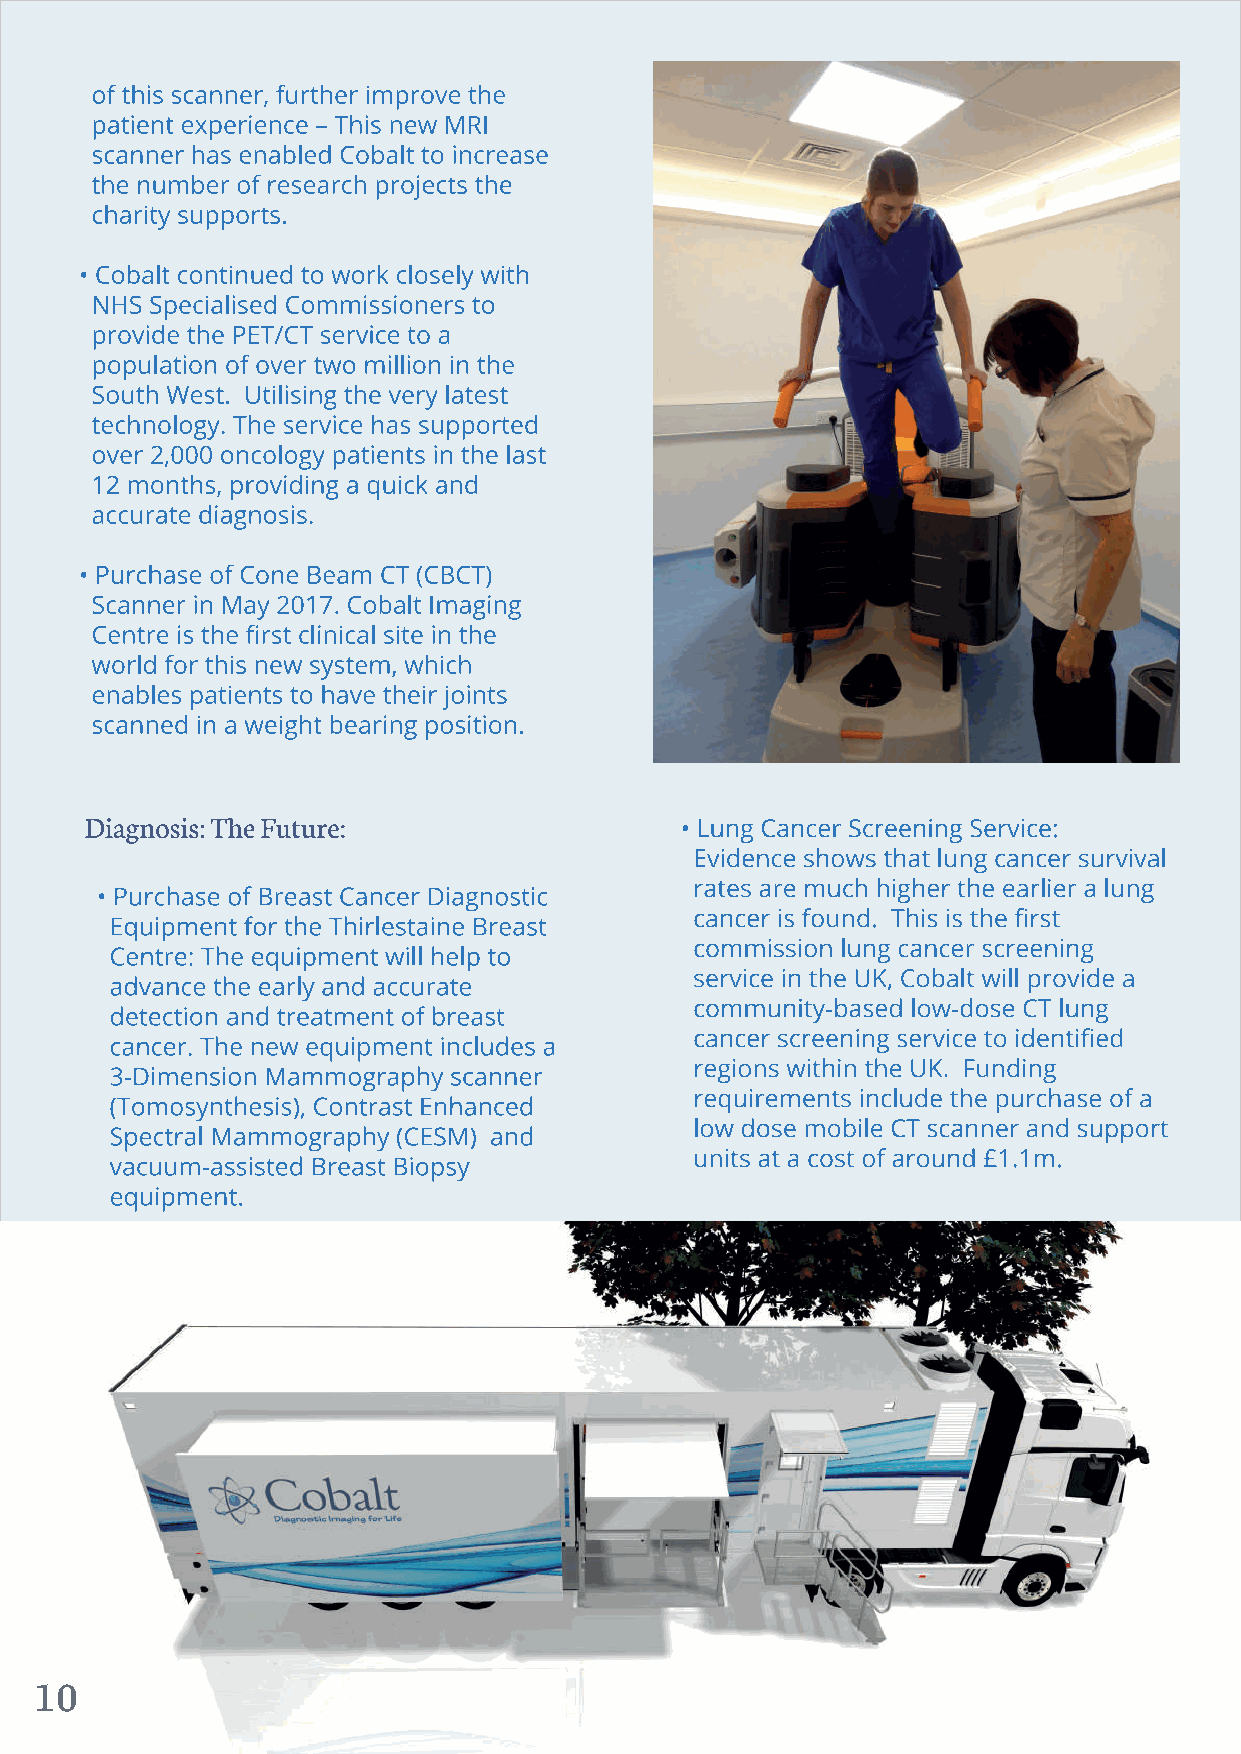
10